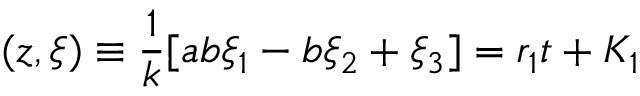
( z , { \xi } ) \equiv \frac { 1 } { k } [ a b \xi _ { 1 } - b \xi _ { 2 } + \xi _ { 3 } ] = r _ { 1 } t + K _ { 1 }